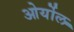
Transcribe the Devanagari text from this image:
ओर्योल